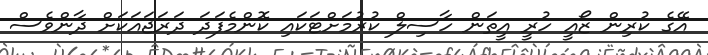
އޭގެ ކުރިން ޒޯއީ ހުރީ އީތަން ހާސިލް ކުރުމަށްޓަކައި ކޮންމެފަދަ ދަރަޖައަކަށް ދާންވެސް